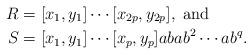
LaTeX: \begin{align*}R&=[x_1, y_1]\cdots[x_{2p}, y_{2p}],~\textnormal{and}\\S&=[x_1, y_1]\cdots[x_p, y_p]abab^2\cdots ab^{q}.\end{align*}